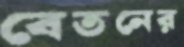
বেতনের